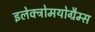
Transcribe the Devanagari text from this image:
इलेक्ट्रोमयोग्रैम्स